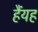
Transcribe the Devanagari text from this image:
हैंयह